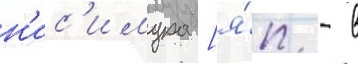
н'ис'имура [я́п. - в